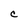
Character: C